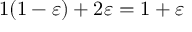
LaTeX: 1 ( 1 - \varepsilon ) + 2 \varepsilon = 1 + \varepsilon